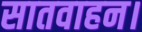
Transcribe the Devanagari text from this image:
सातवाहन।